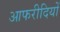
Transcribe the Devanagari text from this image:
आफरीदियों